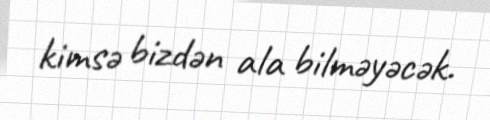
kimsə bizdən ala bilməyəcək.